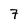
Character: 7